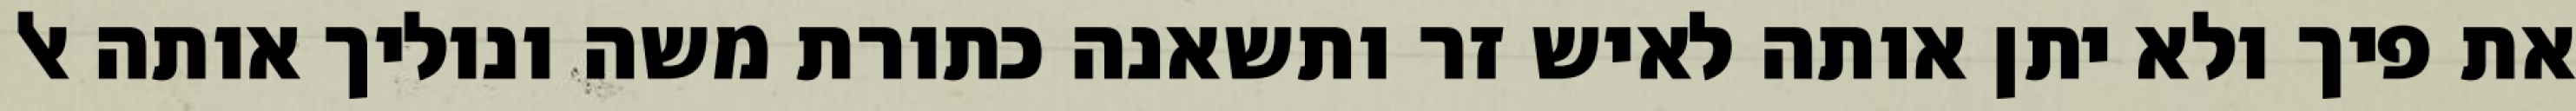
את פיך ולא יתן אותה לאיש זר ותשאנה כתורת משה ונוליך אותה אל